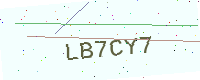
Text: LB7CY7